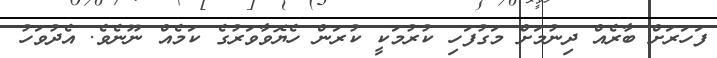
ފަހަރަށް ބާރެއް ދިނުމަށް މަގުފަހި ކުރުމަކީ ކުރަން ހެޔޮވާވަރުގެ ކަމެއް ނޫނެވެ. އެދުވަހު